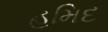
હમિદ